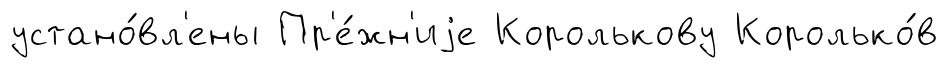
устано́вл'ены Пр'е́жн'иjе Королькову Королько́в